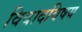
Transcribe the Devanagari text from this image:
विवादविषय